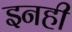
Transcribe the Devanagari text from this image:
इनही